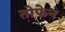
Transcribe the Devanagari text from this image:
तोफेन